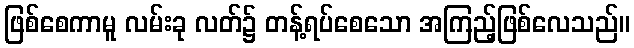
ဖြစ်စေကာမူ လမ်းခု လတ်၌ တန့်ရပ်စေသော အကြည့်ဖြစ်လေသည်။